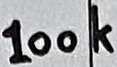
Text: 100k